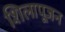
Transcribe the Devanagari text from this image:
शिलापूजन